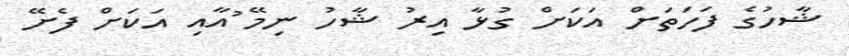
ޝާހުގެ ފަހަތަށް އަކަށް ގުޅާ އިރު ޝާހު ނިމޭ ުއާއި އަކަށް ފެށޭ